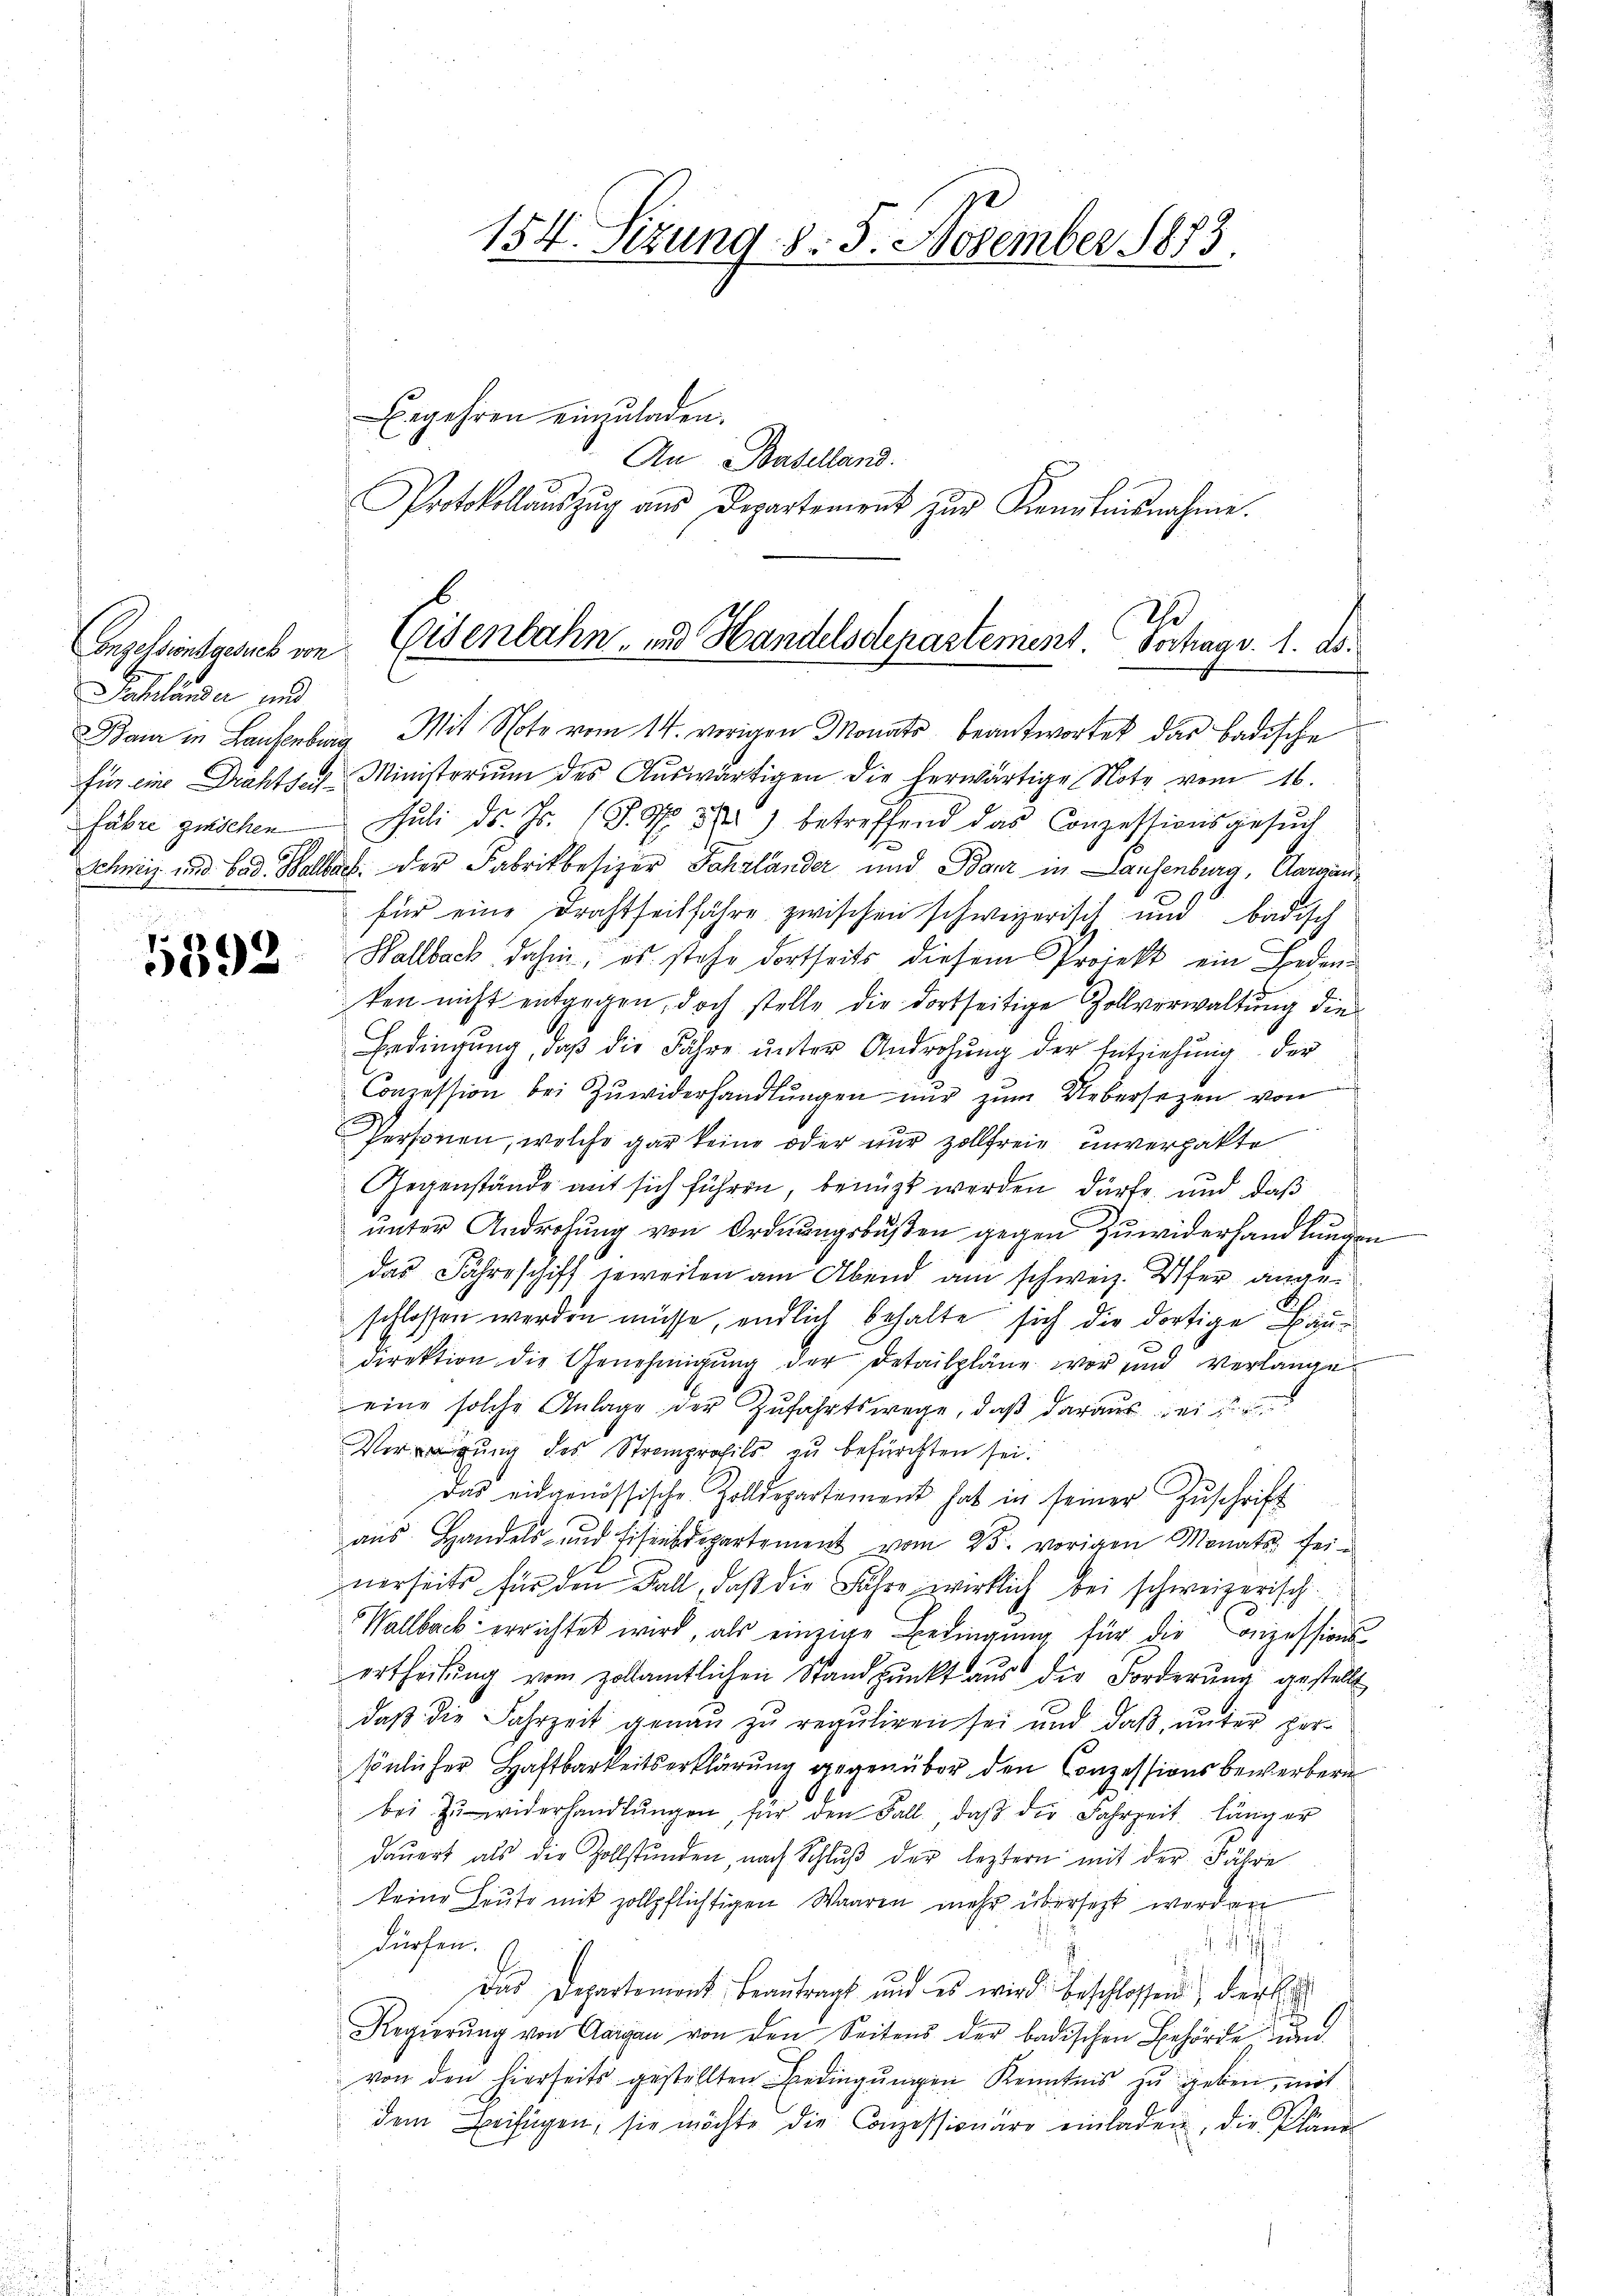
Schlände, und

5392

Eegehren einzuladen.
An Baselland.
Protokollaŭszŭg aŭs Departement zŭr Kenntnisnahme.

Baur in Laufenburg Mit Note vom 14. vorigen Monats beantwortet das Badische
für eine Drahtser-Ministorium des Auswärtigen die herwärtige Note vom 16.
fahre gerichen Juli ds. Fr. 18. No 37) betreffend das Conzessionsgesuch
Schweiz und bad. Wolle der Fabrikbesizer Fahrländer und Stanz in Laufenburg, Aargaufür eine Drahtseitfahre zwischen schweizerisch und badisch
Wallback, dahin, es stehe dortseits diesem Projekt ein Bedenken nicht entgegen, doch stelle die dortseitige Zollverwaltung die
Bedingung, daß die Jahre unter Androhung der Entziehung der
Conzession bei Zŭwiderhandlŭngen nur zum Uebersezen von
Personen, welche gar keine oder nur zollfreie unverpakte
Gegenstände aut sich führen, benuzt werden dürfe und daß
unter Androhung von Ordnungsbußen gegen Zuwiderhandlungen
das Jahreschiff jeweilen am Abend am schweiz. Ufer ange¬
B
schlossen werden müsse, endlich behalte sich die dortige Baudirektion die Genehmigŭng der Detailpläne vor und verlange
eine solche Anlage der Zufahrtswege, daß daraus ei
Verweigung des Stromprofils zu befürchten sei.
Das eidgenössische Zolldepartement hat in seiner Zŭschrift
aŭs Handels- und Eisendepartement vom 25. vorigen Monats sei-
nerseits für den Fall, daß die Fahre wirklich bei schweizerisch
Wallbach errichtet wird, als einzige Bedingung für die Conzessionsertheilung vom zollamtlichen Standpunkt aus der Forderung gestellt
daß die Fahrzeit genau zu reguliren sei und daß, unter persönlicher Haftbarkeitserklärung gegenüber den Conzessionsbewerbern
bei zŭwiderhandlŭngen, für den Fall, daβ die Jahrzeit länger
daŭert als die Zollstŭnden, nach Schlŭβ der leztern mit der Fähre
keine Leute mit zollpflichtigen Waaren mehr übersetzt werden

Fürchen.
.
Das Departemont beantragt und es wird beschlossen, der E
Regierŭng von Aargau von den Seitens der badischen Behörde, und
von den hierseits gestellten Bedingungen Kenntnis zu geben, mit
dem Zweifügen, sie möchte die Conzessionäre einladen, die Pläne

154. Sizung 8. 5. November 1873.

22
Engelsinsgesuch von Eisenbahn- und Handelsdepartement. Vortrag v. 1. ds.